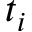
t _ { i }